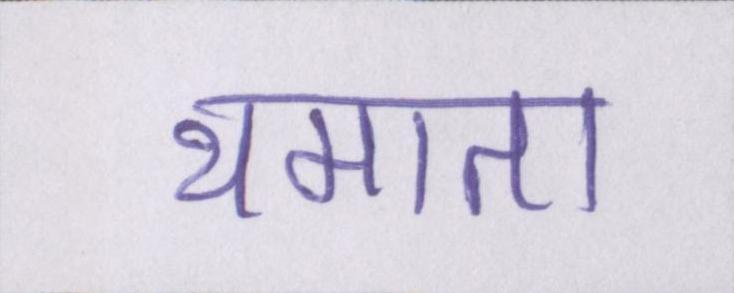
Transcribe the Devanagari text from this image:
थमाता